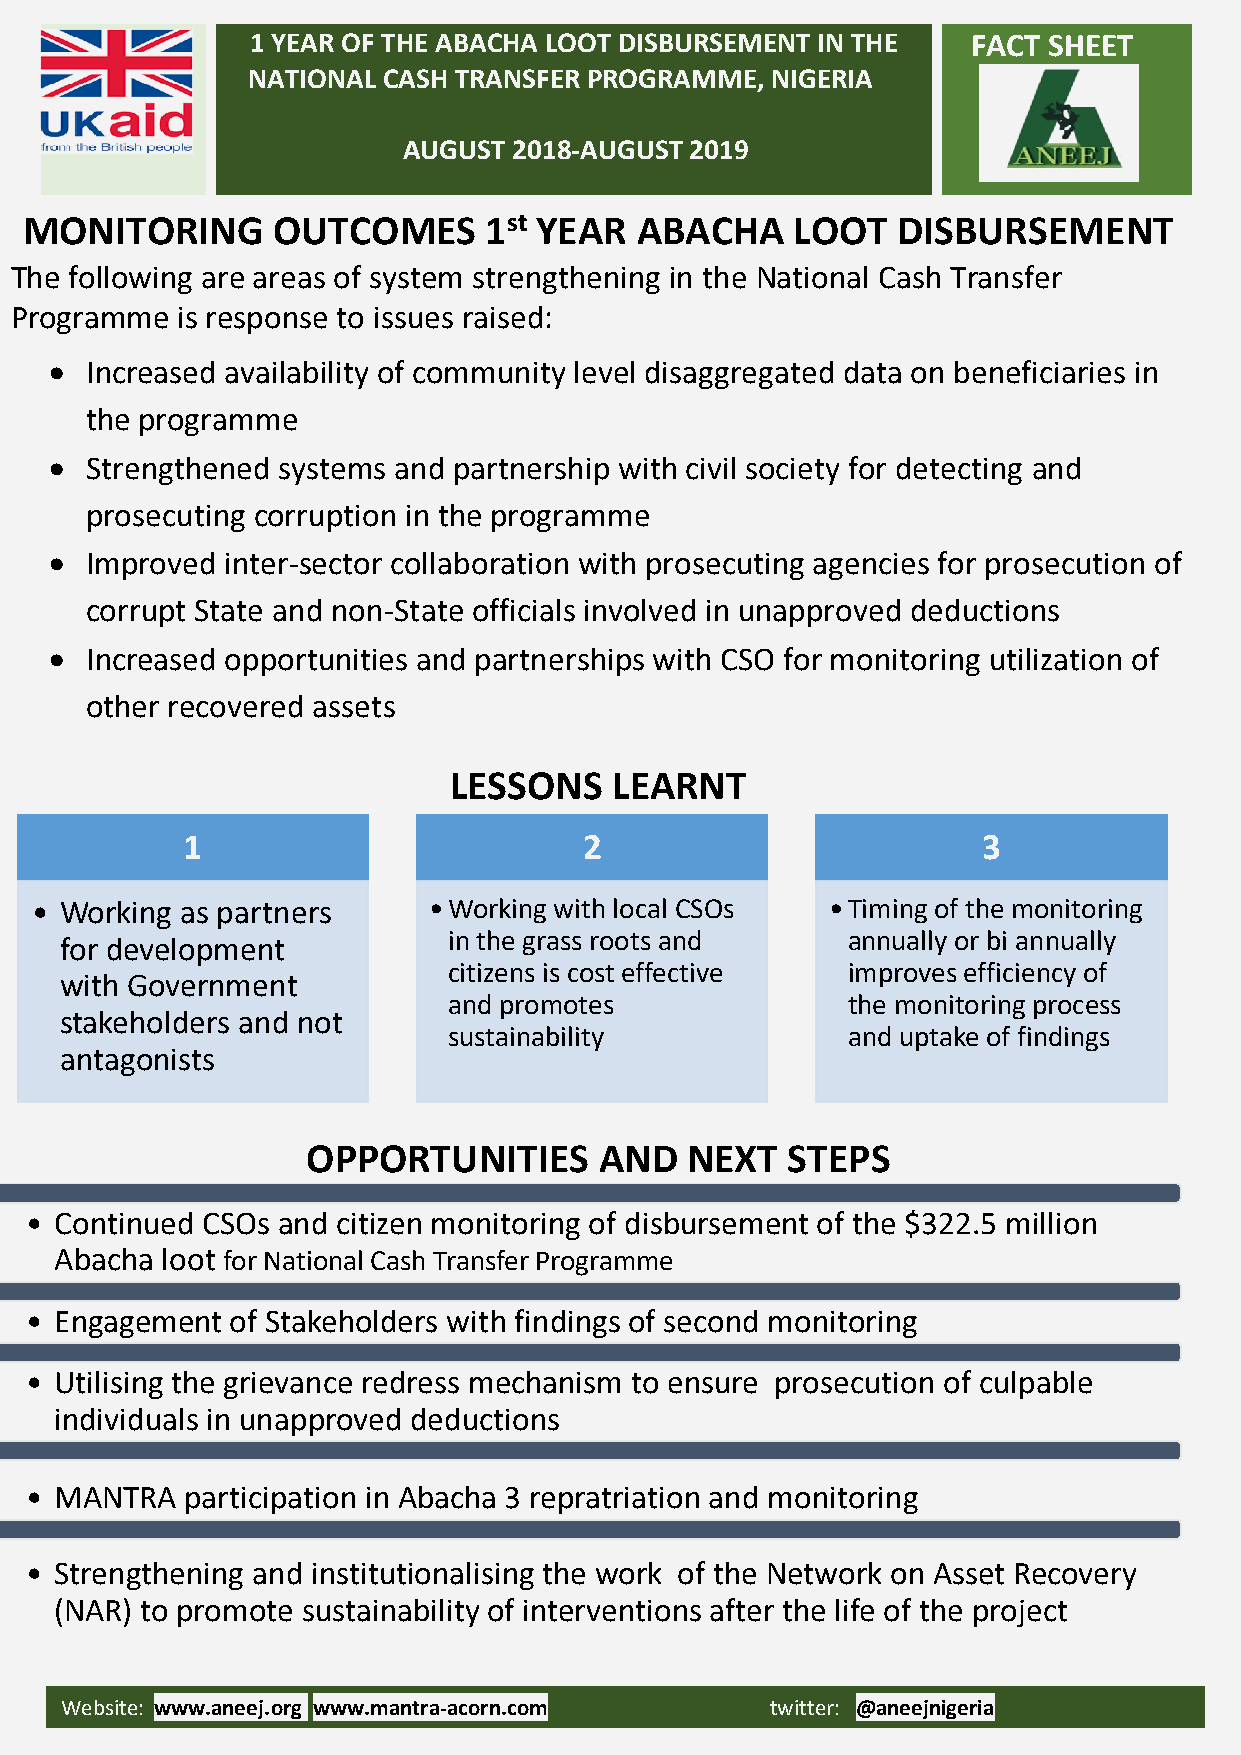
1 YEAR OF THE ABACHA LOOT DISBURSEMENT IN THE  FACT SHEET
 NATIONAL CASH TRANSFER PROGRAMME,  NIGERIA
 AUGUST 2018-AUGUST 2019
 MONITORING      OUTCOMES      1st YEAR  ABACHA     LOOT  DISBURSEMENT
 The following are areas of system strengthening in the National Cash Transfer
 Programme  is response to issues raised:
 •  Increased availability of community level disaggregated data on beneficiaries in
 the programme
 •  Strengthened systems and partnership with civil society for detecting and
 prosecuting corruption in the programme
 •  Improved inter-sector collaboration with prosecuting agencies for prosecution of
 corrupt State and non-State officials involved in unapproved deductions
 •  Increased opportunities and partnerships with CSO for monitoring utilization of
 other recovered assets
 LESSONS    LEARNT
 1                          2                         3
 • Working as partners     •Working with local CSOs   •Timing of the monitoring
 in the grass roots and    annually or bi annually
 for development
 citizens is cost effective improves efficiency of
 with Government
 and promotes              the monitoring process
 stakeholders and not
 sustainability            and uptake of findings
 antagonists
 OPPORTUNITIES       AND  NEXT   STEPS
 1
 • Continued CSOs and citizen monitoring of disbursement of the $322.5 million
 Abacha loot for National Cash Transfer Programme
 2
 • Engagement of Stakeholders with findings of second monitoring
 3
 • Utilising the grievance redress mechanism to ensure prosecution of culpable
 individuals in unapproved deductions
 4
 • MANTRA  participation in Abacha 3 repratriation and monitoring
 5
 • Strengthening and institutionalising the work of the Network on Asset Recovery
 (NAR) to promote sustainability of interventions after the life of the project
 Website: www.aneej.org, www.mantra-acorn.com   twitter: @aneejnigeria